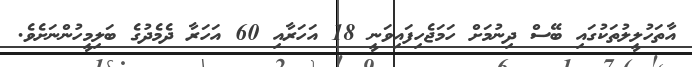
އާތަހުލީލުތަކުގައި ބޭސް ދިނުމަށް ހަމަޖެހިފައިވަނީ 18 އަހަރާއި 60 އަހަރާ ދެމެދުގެ ބަލިމީހުންނަށެވެ.